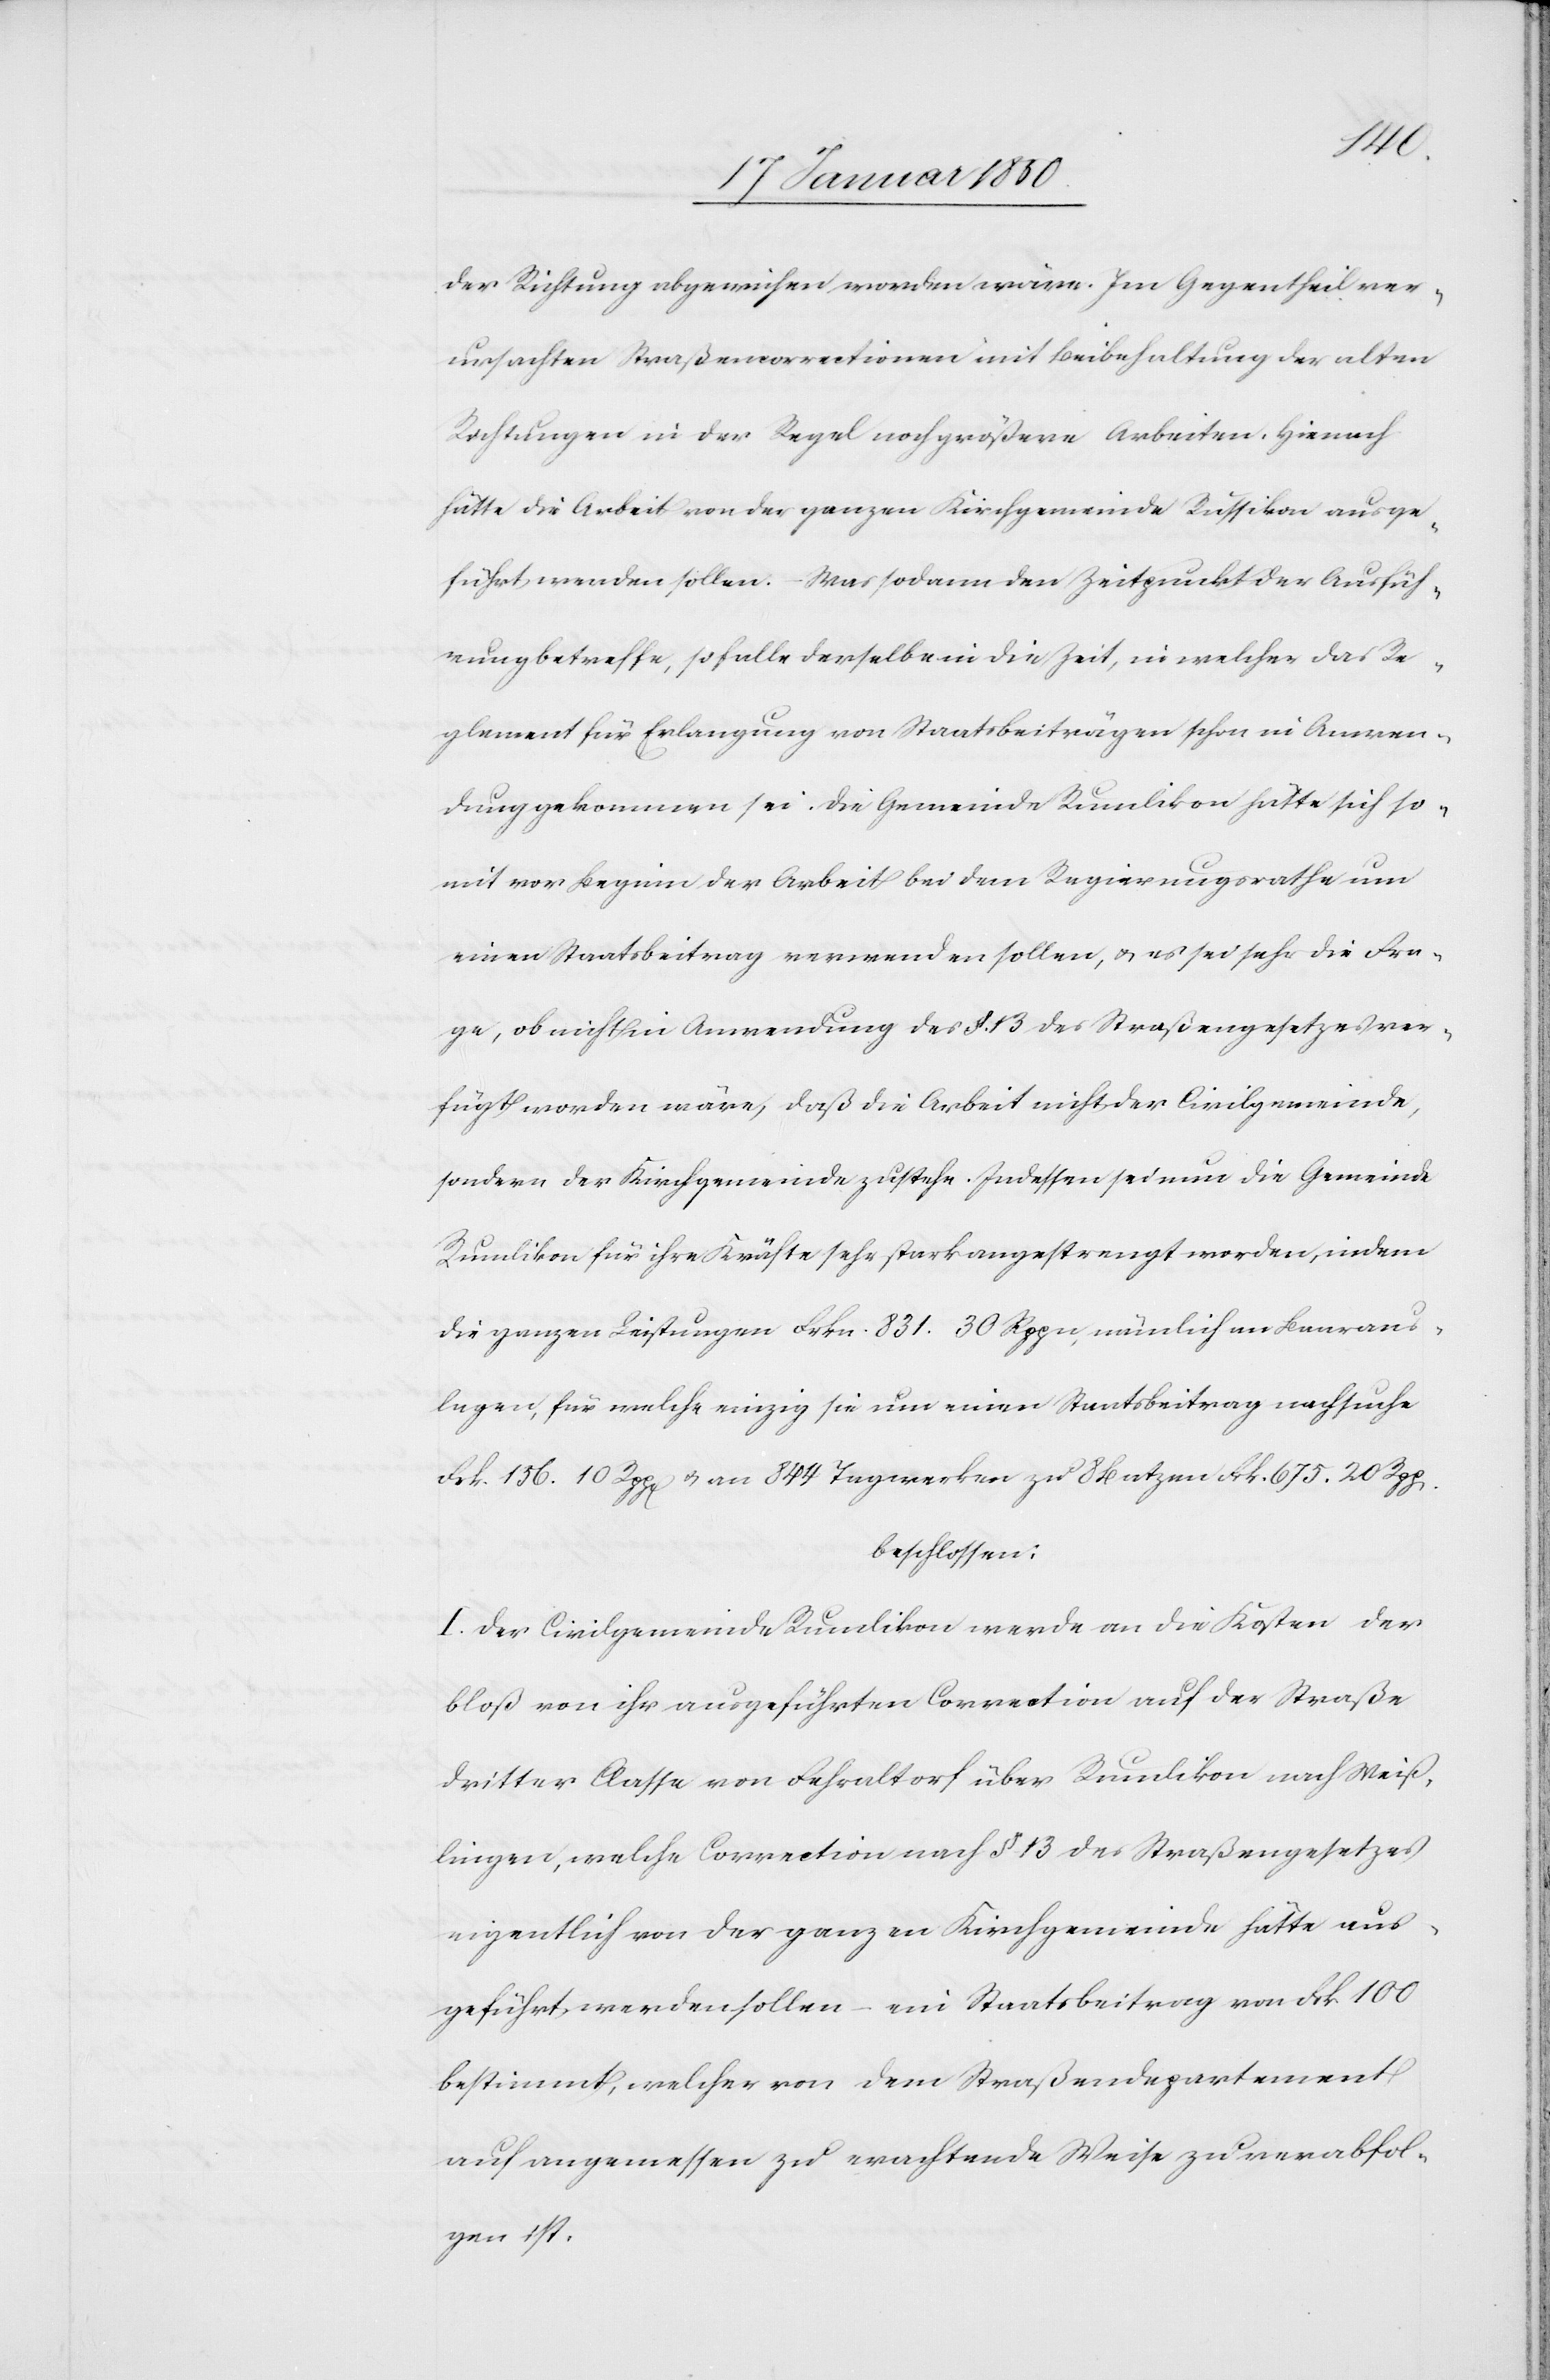
der Richtung abgewichen worden wäre. Im Gegentheil ver¬
ursachten Straßencorrectionen mit Beibehaltung der alten
Richtungen in der Regel noch größere Arbeiten. Hienach
hätte die Arbeit von der ganzen Kirchgemeinde Russikon ausge¬
führt werden sollen. Was sodann den Zeitpunkt der Ausfüh¬
rung betreffe, so falle derselbe in die Zeit, in welcher das Re¬
glement für Erlangung von Staatsbeiträgen schon in Anwen¬
dung gekommen sei. Die Gemeinde Rumlikon hätte sich so¬
mit vor Beginn der Arbeit bei dem Regierungsrathe um
einen Staatsbeitrag verwenden sollen, u. es sei sehr die Fra¬
ge, ob nicht in Anwendung des §. 13 des Straßengesetzes ver¬
fügt worden wäre, daß die Arbeit nicht der Civilgemeinde,
sondern der Kirchgemeinde zustehe. Indessen sei nun die Gemeinde
Rumlikon für ihre Kräfte sehr stark angestrengt worden, indem
die ganzen Leistungen Frkn. 831. 30 Rppn, nämlich an Baaraus¬
lagen, für welche einzig sie nun einen Staatsbeitrag nachsuche
Frk. 156. 10 Rpp[en] u. an 844 Tagwerken zu 8 Batzen Frk. 675. 20 Rpp[en].
beschlossen:
I. Der Civilgemeinde Rumlikon werde an die Kosten der
bloß von ihr ausgeführten Correction auf der Straße
dritter Classe von Fehraltorf über Rumlikon nach Weiß¬
lingen, welche Correction nach § 13 des Straßengesetzes
eigentlich von der ganzen Kirchgemeinde hätte aus¬
geführt werden sollen – ein Staatsbeitrag von Frk 100
bestimmt, welcher von dem Straßendepartement
auf angemessen zu erachtende Weise zu verabfol¬
gen ist.